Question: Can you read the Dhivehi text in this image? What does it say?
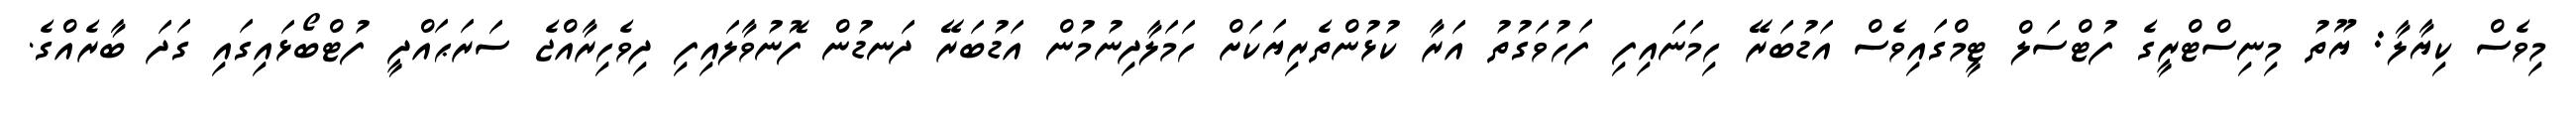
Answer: މިވެސް ކިޔާލާ: ޔޫތު މިނިސްޓްރީގެ ފުޓްސަލް ޓީމްގައިވެސް އަޑުބަރޭ ހިމަނައިފި ފަހުވަގުތު އަރާ ކުޅުންތެރިޔަކަށް ހަމަލާދިނުމުން އަޑުބަރޭ ދަނޑުން ފޮނުވާލައިފި ދިވެހިރާއްޖެ ސަރަޙައްދީ ފުޓްބޯޅައިގައި ގަދަ ބާރެއްގެ.